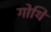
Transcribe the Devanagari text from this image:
गोथि